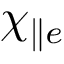
\chi _ { \parallel e }